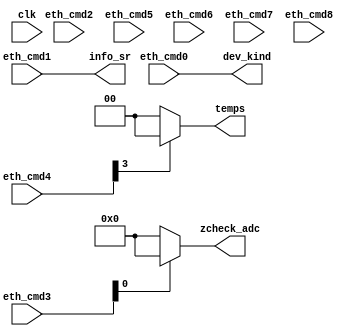
module cs_ecmd(
    input clk,
    input [7:0] eth_cmd0, 
    input [7:0] eth_cmd1,
    input [7:0] eth_cmd2,
    input [7:0] eth_cmd3,
    input [7:0] eth_cmd4,
    input [7:0] eth_cmd5,
    input [7:0] eth_cmd6,
    input [7:0] eth_cmd7,
    input [7:0] eth_cmd8,

    output [7:0] dev_kind,
    output [7:0] info_sr,

    output [1:0] temps,
    output [7:0] zcheck_adc
);
/*              7       6       5       4       3       2       1       0    
    eth_cmd0[     DEV0      ][     DEV1     ][     DEV2     ][     DEV3     ]
    eth_cmd1[                     SAMPLING FREQUENCY                        ]
    eth_cmd2[           UPPER_BW            ][          LOWER_BW            ]
    eth_cmd3[           ADC_OPT             ][D_CODE][      DIN     ][ T/N  ]
    eth_cmd4[POWER_S][   0  ][     DOUT     ][TEMP_S][  1   ][   0  ][   1  ]
    eth_cmd5[                           Z_CHECK0                            ]  
    eth_cmd6[                           Z_CHECK1                            ]  
    eth_cmd7[                           Z_CHECK2                            ]  
    eth_cmd8[           DEV_ID              ][  DSP_OFFSET  ][ GROUP][   1  ]
*/
    wire temp_en, zcheck_en;
    reg [2:0] temps_in;
    reg [7:0] zcheck_adc_in;

    assign temp_en = eth_cmd4[3];
    assign zcheck_en = eth_cmd3[0];

    assign temps = temp_en ?temps_in :2'b00;
    assign zcheck_adc = zcheck_en ?zcheck_adc_in :8'h00;
    assign dev_kind = eth_cmd0;
    assign info_sr = eth_cmd1;






endmodule